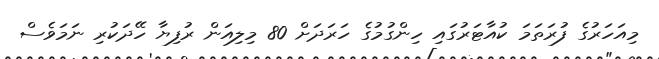
މިއަހަރުގެ ފުރަތަމަ ކުއާޓަރުގައި ހިންގުމުގެ ހަރަދަށް 80 މިލިއަން ރުފިޔާ ހޭދަކުރި ނަމަވެސް